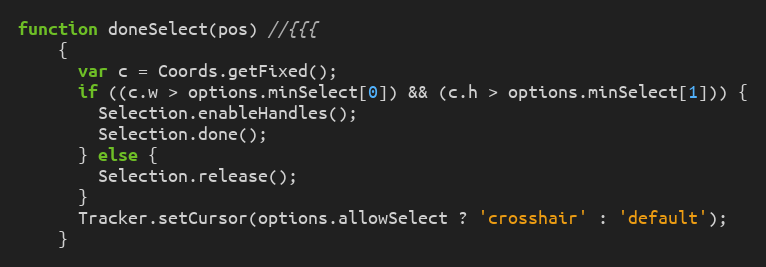
Language: JavaScript
function doneSelect(pos) //{{{
    {
      var c = Coords.getFixed();
      if ((c.w > options.minSelect[0]) && (c.h > options.minSelect[1])) {
        Selection.enableHandles();
        Selection.done();
      } else {
        Selection.release();
      }
      Tracker.setCursor(options.allowSelect ? 'crosshair' : 'default');
    }